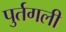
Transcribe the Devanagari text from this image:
पुर्तगली